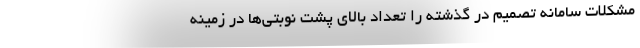
مشکلات سامانه تصمیم در گذشته را تعداد بالای پشت نوبتی‌ها در زمینه